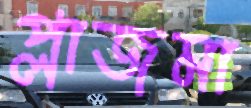
প্লাজমা